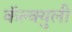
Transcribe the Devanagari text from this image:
कॅल्क्युली